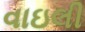
વાઇલી